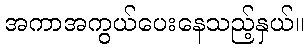
အကာအကွယ်ပေးနေသည့်နှယ်။